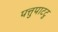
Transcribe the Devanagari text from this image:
पत्तुपाटटु